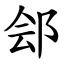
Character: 郐